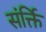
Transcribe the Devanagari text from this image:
संर्क्ति